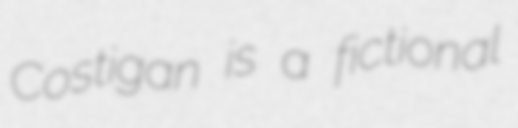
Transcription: Costigan is a fictional